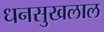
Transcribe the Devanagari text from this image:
धनसुखलाल